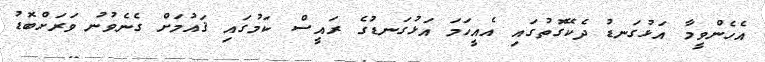
އެހެންވީމާ އަޅުގަނޑު ދެކޭގޮތުގައި އެއީހަމަ އަޅުގަނޑުގެ ރައީސް ކަމުގައި ޤައުމަށް ގެނެވުނު ވަރަށްބޮޑު